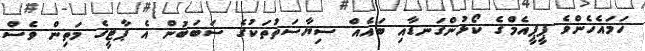
ހަމައެހެންވެ ޕީޕީއެމްގެ ކޯޅުންގަނޑާއި ބައެއް ސިޔާސަތުތަކުގެ ސަބަބުން އެ ޕާޓީގެ މަތިން ވެސް